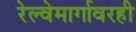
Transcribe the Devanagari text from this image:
रेल्वेमार्गावरही